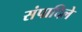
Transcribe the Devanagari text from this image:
संपादिले